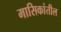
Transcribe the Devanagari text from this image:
मासिकांतील